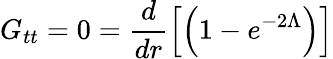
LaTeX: G_{tt}=0=\frac{d}{dr}\left[\left(1-e^{-2\Lambda}\right)\right]